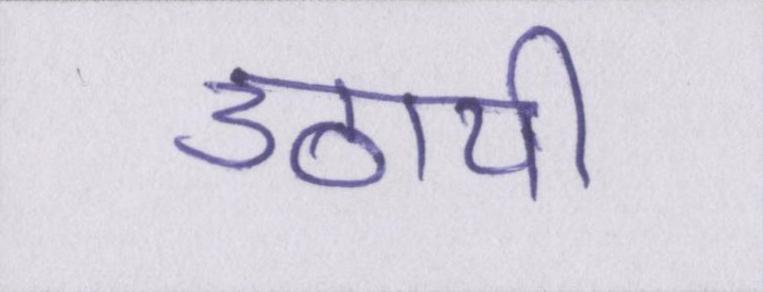
उठायी